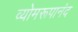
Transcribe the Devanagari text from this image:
व्योमरूपानंद